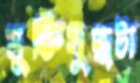
মুক্তিযুদ্ধটা